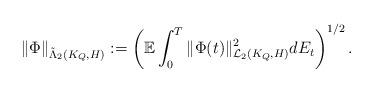
LaTeX: \begin{align*}\|\Phi\|_{\tilde{\Lambda}_{2}(K_{Q},H)}:=\left(\mathbb E\int_{0}^{T}\|\Phi(t)\|^{2}_{\mathcal L_{2}(K_{Q},H)}dE_{t}\right)^{1/2}.\end{align*}